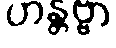
ဟန္တဗ္ဗာ